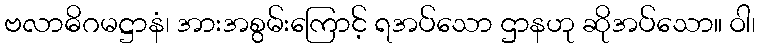
ဗလာဓိဂမဋ္ဌာနံ၊ အားအစွမ်းကြောင့် ရအပ်သော ဌာနဟု ဆိုအပ်သော။ ဝါ၊